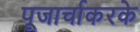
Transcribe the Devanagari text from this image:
पूजार्चाकरके